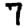
Digit: 7